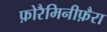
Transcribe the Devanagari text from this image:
फ़ोरैमिनीफ़ैरा